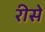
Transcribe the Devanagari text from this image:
रीसे